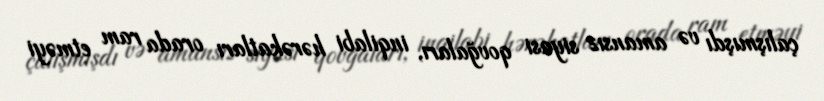
çalışmışdı və amansız siyasi qovğaları, inqilabi hərəkatları orada ram etməyi